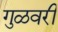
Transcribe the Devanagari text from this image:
गुळवरी